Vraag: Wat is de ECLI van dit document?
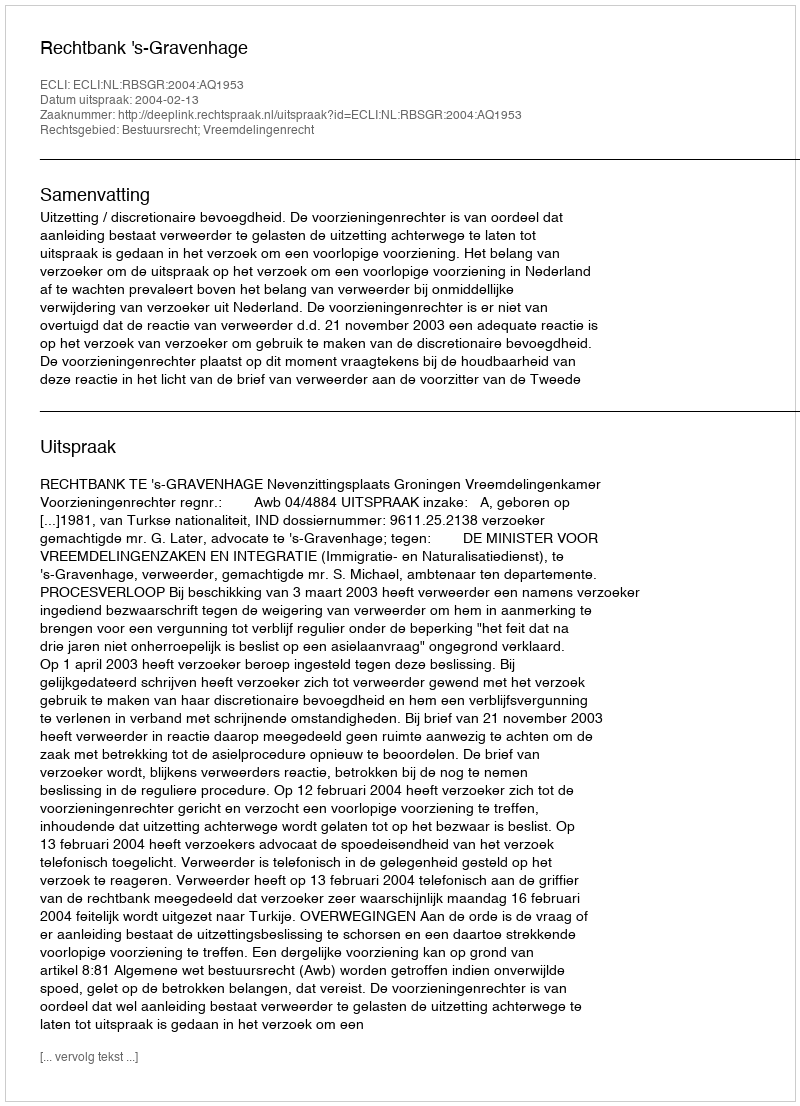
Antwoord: ECLI:NL:RBSGR:2004:AQ1953